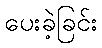
ပေးခဲ့ခြင်း